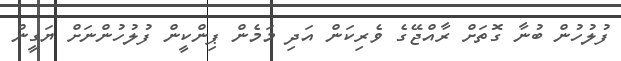
ފުލުހުން ބުނާ ގޮތަށް ރާއްޖޭގެ ވެރިކަން އަދި މަމެން ޕިންކީން ފުލުހުންނަށް ޔަގީން